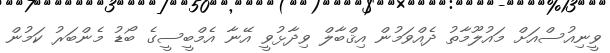
ވީނިއުސްއަށް މައުލޫމާތު ދެއްވަމުން އިޤްބާލް ވިދާޅުވީ އޭނާ އެމްބީސީގެ ބޯޑު މެންބަރު ކަމުން